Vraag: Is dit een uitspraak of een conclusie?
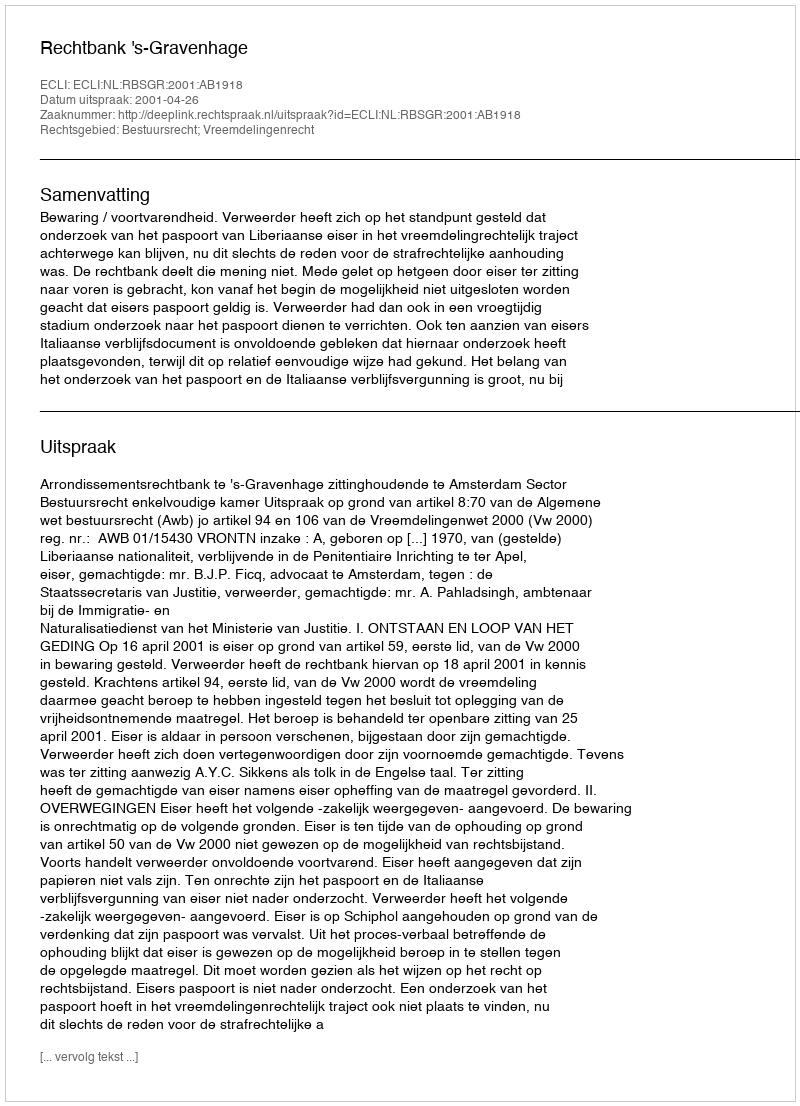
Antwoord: Uitspraak